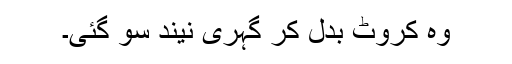
وہ کروٹ بدل کر گہری نیند سو گئی۔